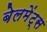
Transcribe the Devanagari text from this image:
बेलमेंट्स